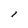
Character: l